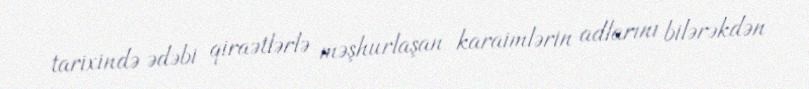
tarixində ədəbi qiraətlərlə məşhurlaşan karaimlərin adlarını bilərəkdən